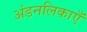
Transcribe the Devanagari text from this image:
अंडनलिकाएँ